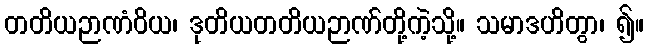
တတိယဉာဏံဝိယ၊ ဒုတိယတတိယဉာဏ်တို့ကဲ့သို့။ သမာဒဟိတွာ၊ ၍။